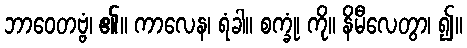
ဘာဝေတဗ္ဗံ၊ ၏။ ကာလေန၊ ရံခါ။ စက္ခုံ၊ ကို။ နိမီလေတွာ၊ ၍။